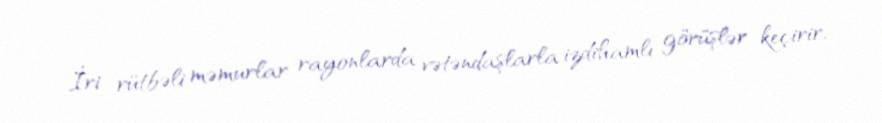
İri rütbəli məmurlar rayonlarda vətəndaşlarla izdihamlı görüşlər keçirir,